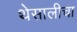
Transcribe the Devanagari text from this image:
थेसालीचा